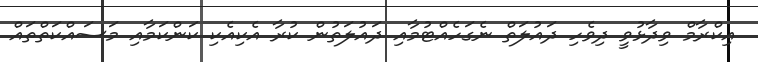
އިކްރާމް ވިދާޅުވީ ދިވެހި ދައުލަތް ނެގަހެއްޓުމާއި ދައުލަތުން ކުރާ އެކިއެކި ކަންކަމާއި މަސައްކަތްތައް